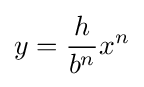
y={\frac {h}{b^{n}}}x^{n}